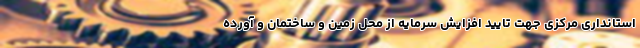
استانداری مرکزی جهت تایید افزایش سرمایه از محل زمین و ساختمان و آورده